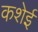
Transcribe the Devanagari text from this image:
कशेई